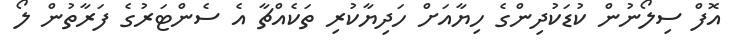
އޮފް ސިލޯނުން ކުޑަކުދިންގެ ހިޔާއަށް ހަދިޔާކުރި ތަކެއްޗާ އެ ސެންޓަރުގެ ފަރާތުން ލޯ